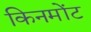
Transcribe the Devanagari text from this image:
किनमोंट